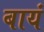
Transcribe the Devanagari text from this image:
बायं